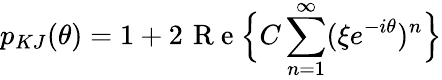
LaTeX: p_{KJ}(\theta)=1+2\; \! \mathrm{~R~e~}\Big\{ C\sum_{n=1}^{\infty}(\xi e^{-i\theta})^{n}\Big\}